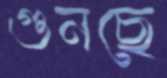
গুনছে